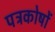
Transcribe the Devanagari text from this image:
पत्रकोषों